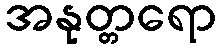
အနုတ္တရော